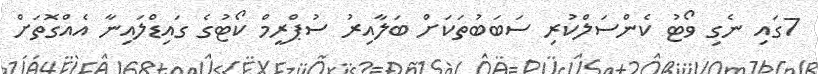
7ގައި ނެގި ވޯޓު ކެންސަލްކުރި ސަބަބުތަކަށް ބަލާއިރު ސުޕްރީމް ކޯޓުގެ ގައިޑްލައިނާ އެއްގޮތަށް